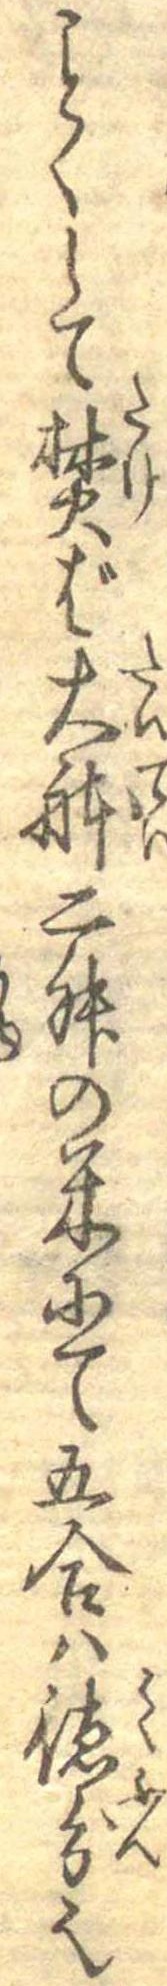
ことくして焚ば大体二舛の米にて五合は徳分也